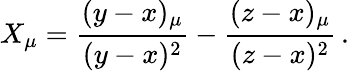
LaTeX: X_{\mu}=\frac{(y-x)_{\mu}}{(y-x)^{2}}-\frac{(z-x)_{\mu}}{(z-x)^{2}}\, .